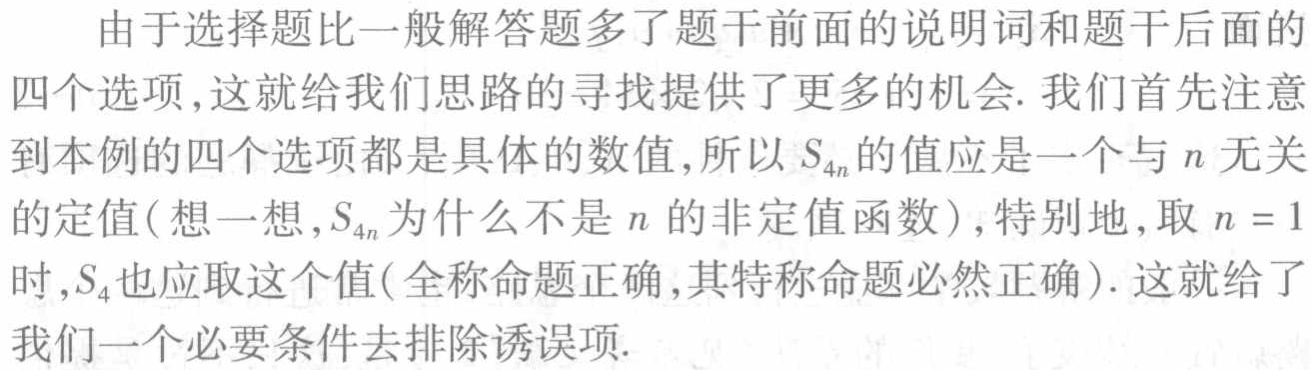
由于选择题比一般解答题多了题干前面的说明词和题干后面的
四个选项,这就给我们思路的寻找提供了更多的机会. 我们首先注意
到本例的四个选项都是具体的数值,所以 \(S_{4n}\) 的值应是一个与 \(n\) 无关
的定值(想一想,\(S_{4n}\) 为什么不是 \(n\) 的非定值函数),特别地,取 \(n = 1\)
时,\(S_{4}\)也应取这个值(全称命题正确,其特称命题必然正确). 这就给了
我们一个必要条件去排除诱误项.